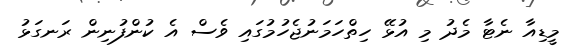
މީޑިއާ ނެޓާ މެދު މި އުޅޭ ހިތްހަމަނުޖެހުމުގައި ވެސް އެ ކުންފުނިން ރަނގަޅު